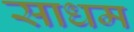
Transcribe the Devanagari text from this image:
साधम